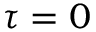
\tau = 0